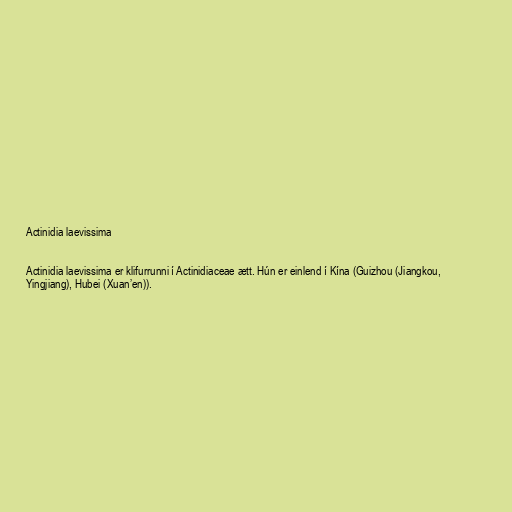
Actinidia laevissima

Actinidia laevissima er klifurrunni í Actinidiaceae ætt. Hún er einlend í Kína (Guizhou (Jiangkou,
Yingjiang), Hubei (Xuan’en)).